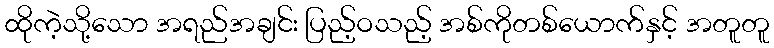
ထိုကဲ့သို့သော အရည်အချင်း ပြည့်ဝသည့် အစ်ကိုတစ်ယောက်နှင့် အတူတူ